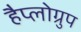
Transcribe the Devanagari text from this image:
हैप्लोग्रुप